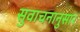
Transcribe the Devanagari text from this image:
सुवाचनानुसार